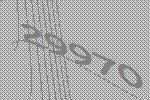
29970